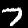
Label: 7